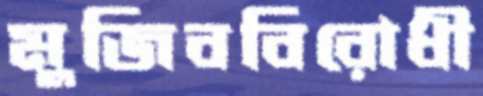
মুজিববিরোধী